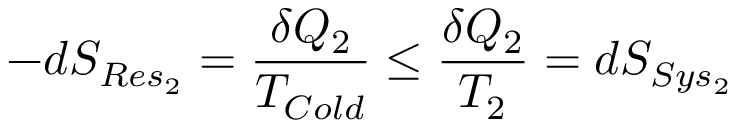
- d S _ { R e s _ { 2 } } = { \frac { \delta Q _ { 2 } } { T _ { C o l d } } } \leq { \frac { \delta Q _ { 2 } } { T _ { 2 } } } = d S _ { S y s _ { 2 } }